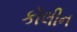
કૉલીન